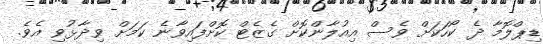
ޑިޕްލޮމާ ދެ ކޯހަކަށް ވެސް އިއުލާންކޮށް ގެޒެޓް ކޮށްފައިވާނެ ކަމަށް ވިދާޅުވި އެވެ.